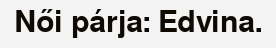
Női párja: Edvina.